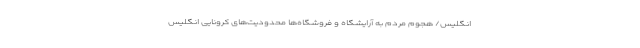
انگلیس/ هجوم مردم به آرایشگاه و فروشگاه‌ها محدودیت‌های کرونایی انگلیس